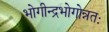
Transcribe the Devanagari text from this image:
भोगीन्द्रभोगोन्नतः